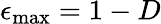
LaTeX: \epsilon_{\mathrm{max}}=1-D